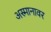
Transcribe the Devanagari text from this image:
अस्मानावर